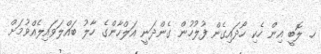
ހ. ލޮބީ އިން ހެކި ހޯދައިގެން ފުލުހުން ގެންދަނީ އަލްހާންގެ ހާލު ބައްލަވައިލެއްވުމަށް